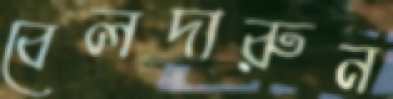
বেলদারুন